Annual administration report of the Civil Veterinary Department of India - 1906-1907
Year: 1906
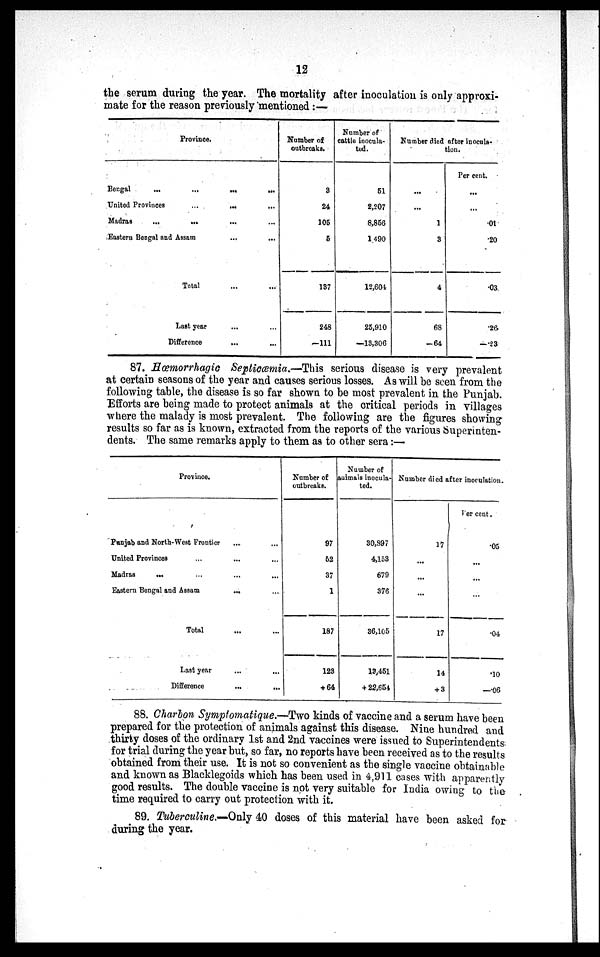
12
the serum during the year. The mortality after inoculation is only approxi-
mate for the reason previously mentioned:—
Province.
Bengal
...
...
...
...
United Provinces
...
...
...
Madras
...
...
... ...
Eastern Bengal and Assam ... ...
Total... ...
Last year ... ...
Difference
... ...
Number of
outbreaks.
3
24
105
5
137
248
—111
Number of
cattle inocula-
ted.
51
2,207
8,856
1,490
12,604
25,910
—13,306
Number died after inocula-
tion.
...
...
1
3
4
68
—64
Per cent.
...
...
.01
.20
.03
.26
—23
87. Hæmorrhagic Septicæmia.—This serious disease is very prevalent
at certain seasons of the year and causes serious losses. As will be seen from the
following table, the disease is so far shown to be most prevalent in the Punjab.
Efforts are being made to protect animals at the critical periods in villages
where the malady is most prevalent. The following are the figures showing
results so far as is known, extracted from the reports of the various Superinten-
dents. The same remarks apply to them as to other sera:—
Province.
Punjab and North-West Frontier ... ...
United Provinces ... ... ...
Madras
...
...
...
...
Eastern Bengal and Assam
... ...
Total ... ...
Last year
...
...
Difference
...
...
Number of
outbreaks.
97
52
37
1
187
123
+ 64
Number of
animals inocula-
ted.
30,897
4,158
679
376
36,105
13,451
+ 22,654
Number died after inoculated.
17
...
...
...
17
14
+ 3
Per cent.
.05
...
...
...
.04
.10
—.06
88. Charbon Symptomatique.—Two kinds of vaccine and a serum have been
prepared for the protection of animals against this disease. Nine hundred and
thirty doses of the ordinary 1st and 2nd vaccines were issued to Superintendents
for trial during the year but, so far, no reports have been received as to the results
obtained from their use. It is not so convenient as the single vaccine obtainable
and known as Blacklegoids which has been used in 4,911 cases with apparently
good results. The double vaccine is not very suitable for India owing to the
time required to carry out protection with it.
89. Tuberculine.—Only 40 doses of this material have been asked for
during the year.